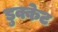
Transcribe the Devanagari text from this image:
डुक्केट